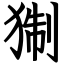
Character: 猘